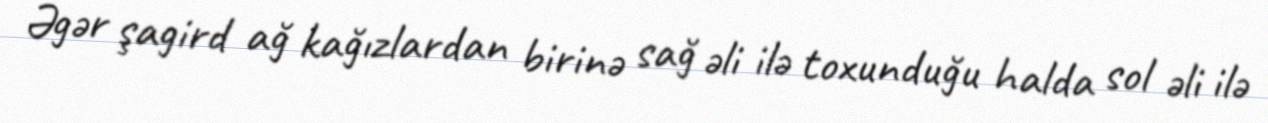
Əgər şagird ağ kağızlardan birinə sağ əli ilə toxunduğu halda sol əli ilə